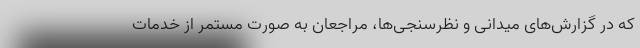
که در گزارش‌های میدانی و نظرسنجی‌ها، مراجعان به صورت مستمر از خدمات